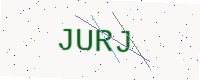
Text: JURJ